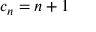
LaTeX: \textstyle c _ { n } = n + 1